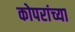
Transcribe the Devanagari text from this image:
कोपरांच्या